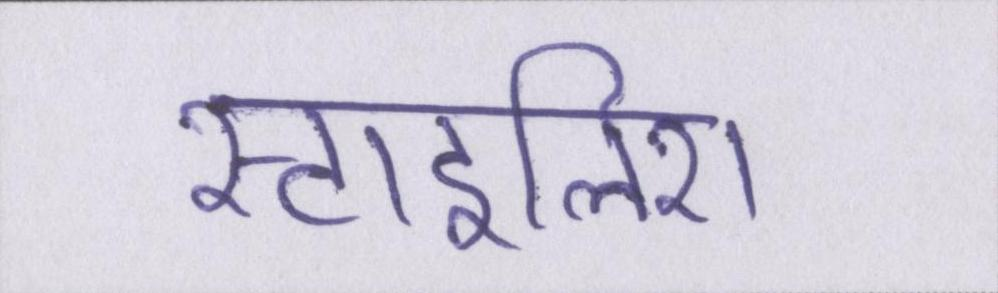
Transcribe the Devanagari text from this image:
स्टाइलिश